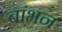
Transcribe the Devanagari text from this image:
बांभन